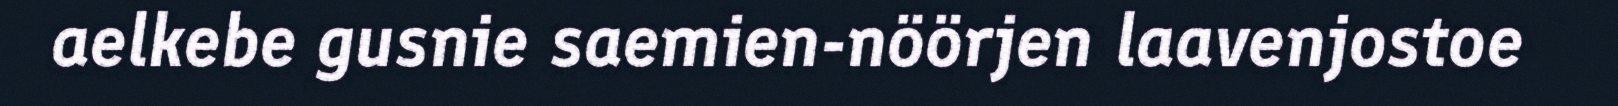
aelkebe gusnie saemien-nöörjen laavenjostoe